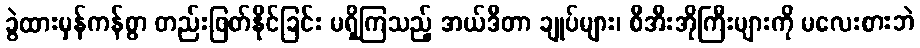
ခွဲထားမှန်ကန်စွာ တည်းဖြတ်နိုင်ခြင်း မရှိကြသည့် အယ်ဒီတာ ချုပ်များ၊ စီအီးအိုကြီးများကို မလေးစားဘဲ